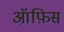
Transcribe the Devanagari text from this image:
ऑ़फ़िस